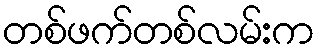
တစ်ဖက်တစ်လမ်းက